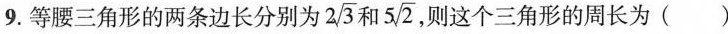
9.等腰三角形的两条边长分别为 $$2 \sqrt{3}$$ 和5 $$5 \sqrt{2}$$ 则这个三角形的周长为( )